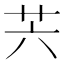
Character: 𦬩